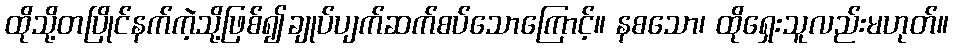
ထိုသို့တပြိုင်နက်ကဲ့သို့ဖြစ်၍ချုပ်ပျက်ဆက်စပ်သောကြောင့်။ နစသော၊ ထိုရှေးသူလည်းမဟုတ်။